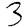
Digit: 3